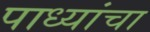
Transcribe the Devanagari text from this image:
पाध्यांचा